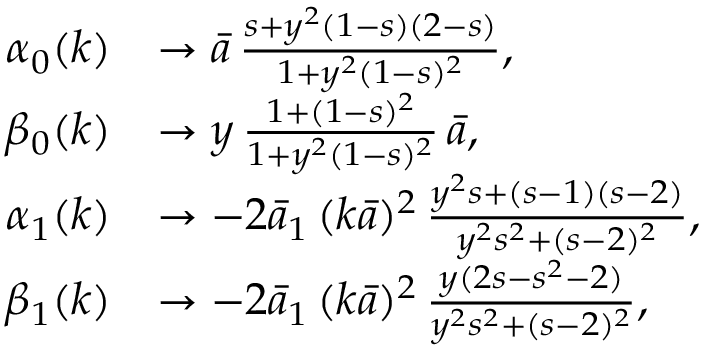
\begin{array} { r l } { \alpha _ { 0 } ( k ) } & { \to \bar { a } \, \frac { s + y ^ { 2 } ( 1 - s ) ( 2 - s ) } { 1 + y ^ { 2 } ( 1 - s ) ^ { 2 } } , } \\ { \beta _ { 0 } ( k ) } & { \to y \, \frac { 1 + ( 1 - s ) ^ { 2 } } { 1 + y ^ { 2 } ( 1 - s ) ^ { 2 } } \, \bar { a } , } \\ { \alpha _ { 1 } ( k ) } & { \to - 2 \bar { a } _ { 1 } \, ( k \bar { a } ) ^ { 2 } \, \frac { y ^ { 2 } s + ( s - 1 ) ( s - 2 ) } { y ^ { 2 } s ^ { 2 } + ( s - 2 ) ^ { 2 } } , } \\ { \beta _ { 1 } ( k ) } & { \to - 2 \bar { a } _ { 1 } \, ( k \bar { a } ) ^ { 2 } \, \frac { y ( 2 s - s ^ { 2 } - 2 ) } { y ^ { 2 } s ^ { 2 } + ( s - 2 ) ^ { 2 } } , } \end{array}